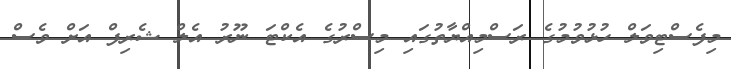
މިފެސްޓިވަލް ހުޅުވުމުގެ ރަސްމިއްޔާތުގައި މިސްރުގެ އެކްޓަ ނޫރު އެލް ޝެރިފް އަށް ވެސް